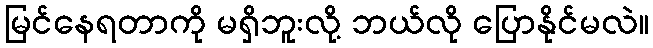
မြင်နေရတာကို မရှိဘူးလို့ ဘယ်လို ပြောနိုင်မလဲ။